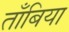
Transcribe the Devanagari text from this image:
ताँबिया